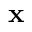
\mathbf { x }